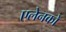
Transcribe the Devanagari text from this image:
एलेनको